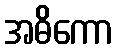
အဓိကော